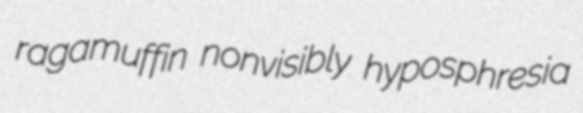
ragamuffin nonvisibly hyposphresia